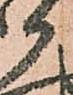
か